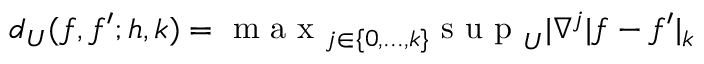
d _ { U } ( f , f ^ { \prime } ; h , k ) = \mathrm { ~ m ~ a ~ x ~ } _ { j \in \{ 0 , . . . , k \} } \mathrm { ~ s ~ u ~ p ~ } _ { U } | \nabla ^ { j } | f - f ^ { \prime } | _ { k }